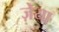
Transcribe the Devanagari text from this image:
ज़ेया